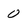
Character: 0